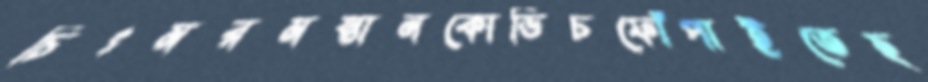
চিৎমরমস্তানকোভিচফোঁপাইতেছ